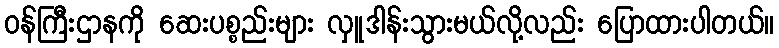
ဝန်ကြီးဌာနကို ဆေးပစ္စည်းများ လှူဒါန်းသွားမယ်လို့လည်း ပြောထားပါတယ်။